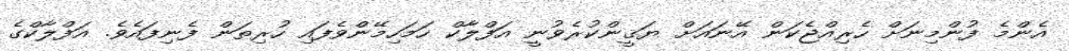
އެންމެ ފުންމިނަށް ހެރިއްޖެކަން އޭނައަށް ޔަޤީންކުރެވުނީ އަފްލާކް ހަމަހިމޭންވެފައި ހުރިތަން ފެނިފައެވެ. އަފްލާކްގެ